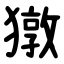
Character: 獤